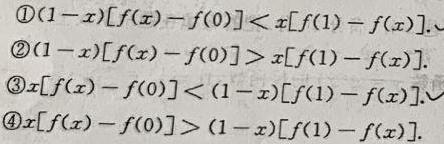
\begin{enumerate}
\item $(1 - x)[f(x)-f(0)]<x[f(1)-f(x)]$.
\item $(1 - x)[f(x)-f(0)]>x[f(1)-f(x)]$.
\item $x[f(x)-f(0)]<(1 - x)[f(1)-f(x)]$.
\item $x[f(x)-f(0)]>(1 - x)[f(1)-f(x)]$.
\end{enumerate}